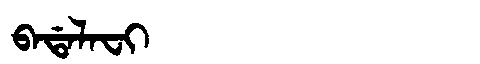
Manchu: ᠪᠠᡩᠠᠯᠠᠸᡳ
Romanization: BADALAFI